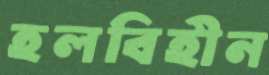
হলবিহীন